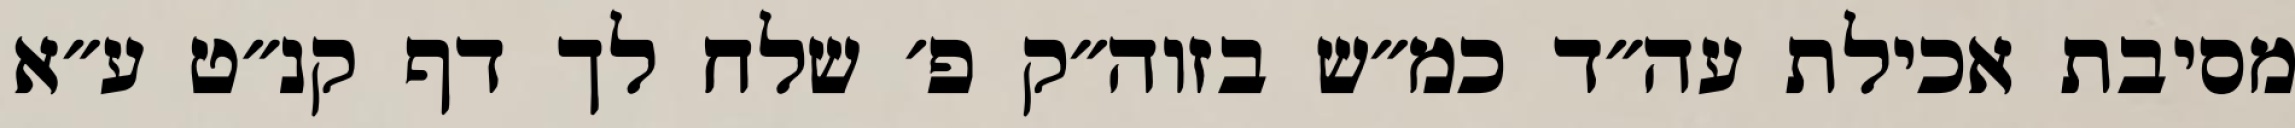
מסיבת אכילת עה״ד כמ״ש בזוה״ק פ׳ שלח לך דף קנ״ט ע״א